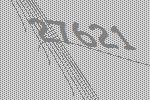
27621